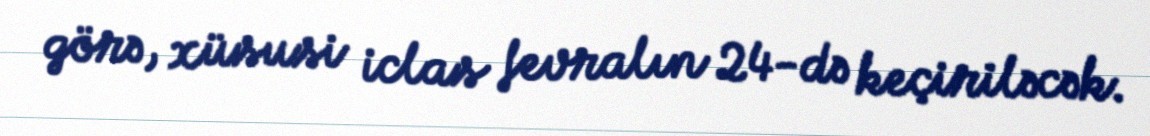
görə, xüsusi iclas fevralın 24-də keçiriləcək.